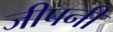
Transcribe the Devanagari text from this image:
जीपनी